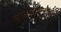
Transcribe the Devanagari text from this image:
सरसंघचालकाचे